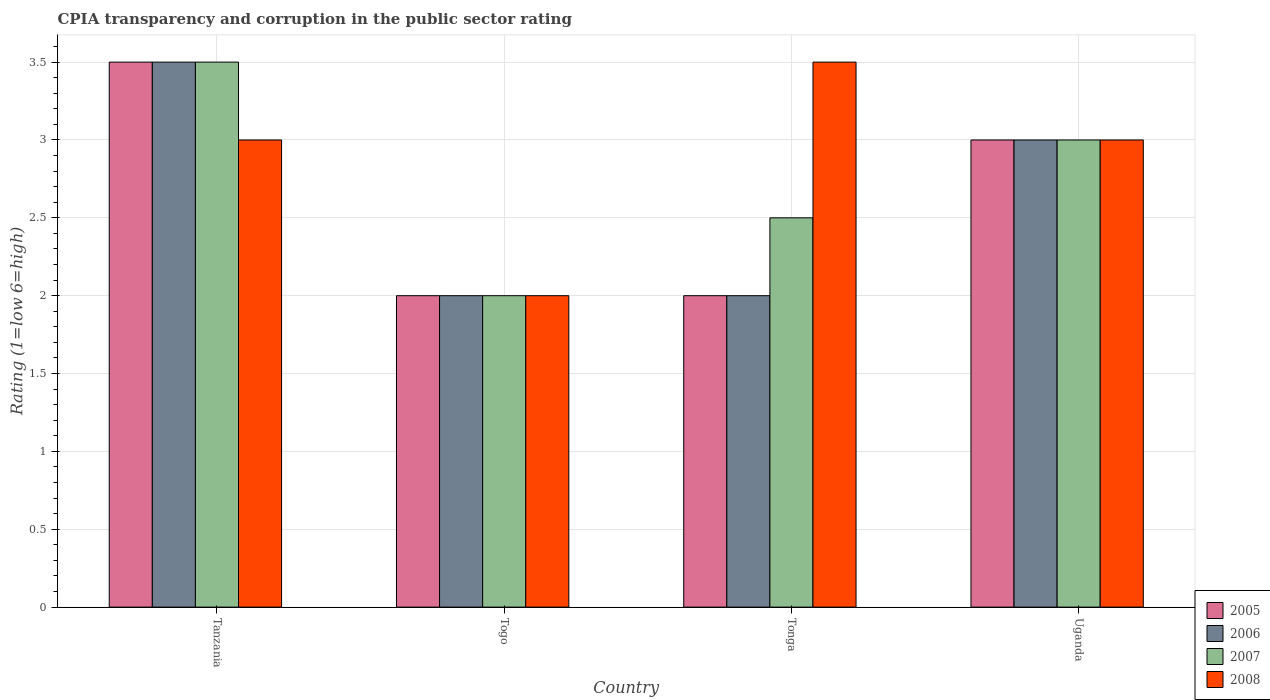
| Country | 2005 | 2006 | 2007 | 2008 |
 | --- | --- | --- | --- | --- |
 | Tanzania | 3.5 | 3.5 | 3.5 | 3 |
 | Togo | 2 | 2 | 2 | 2 |
 | Tonga | 2 | 2 | 2.5 | 3.5 |
 | Uganda | 3 | 3 | 3 | 3 |